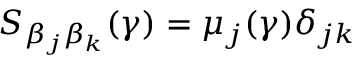
S _ { \beta _ { j } \beta _ { k } } ( \gamma ) = \mu _ { j } ( \gamma ) \delta _ { j k }